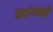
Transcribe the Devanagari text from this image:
वेदांगाची